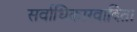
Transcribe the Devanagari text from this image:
सर्वाधिकारवादिता